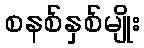
စနစ်နှစ်မျိုး